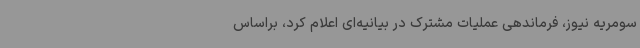
سومریه نیوز، فرماندهی عملیات مشترک در بیانیه‌ای اعلام کرد، براساس